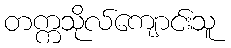
တက္ကသိုလ်ကျောင်းသူ